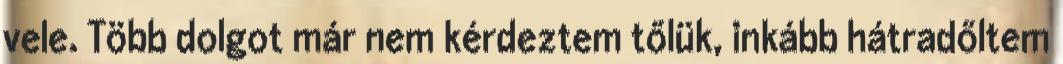
vele. Több dolgot már nem kérdeztem tőlük, inkább hátradőltem